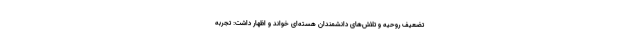
تضعیف روحیه و تلاش‌های دانشمندان هسته‌ای خواند و اظهار داشت: تجربه